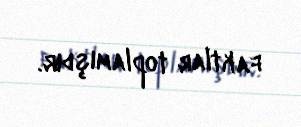
faktlar toplamışdır.